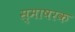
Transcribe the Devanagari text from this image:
स्माषरक